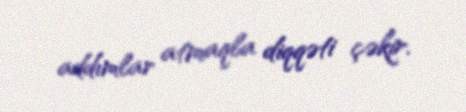
addımlar atmaqla diqqəti çəkir.